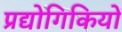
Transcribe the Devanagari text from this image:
प्रद्योगिकियों